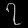
Digit: ၇